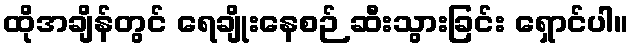
ထိုအချိန်တွင် ရေချိုးနေစဉ် ဆီးသွားခြင်း ရှောင်ပါ။